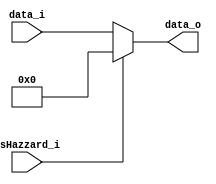
module mux8(
	data_i,
	IsHazzard_i,
	data_o
);
input	[7:0]		data_i;
output	reg [7:0]	data_o;
input IsHazzard_i;

always@(*)begin
	if(IsHazzard_i)begin
		data_o = 7'b0;
	end
	else begin 
		data_o = data_i;
	end
end

endmodule